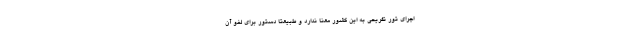
اجرای تور تفریحی به این کشور معنا ندارد و طبیعتا دستور برای لغو آن